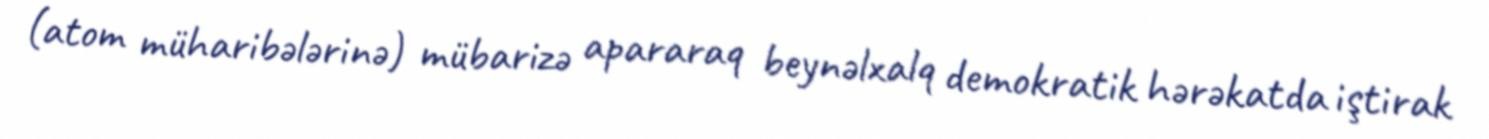
(atom müharibələrinə) mübarizə apararaq beynəlxalq demokratik hərəkatda iştirak